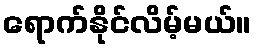
ရောက်နိုင်လိမ့်မယ်။